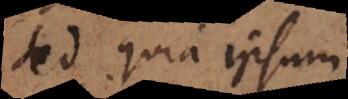
Sed quia ipsum